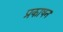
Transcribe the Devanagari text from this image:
प्रकाषन